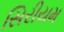
સિરીયમ